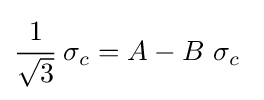
{\cfrac {1}{\sqrt {3}}}~\sigma _{c}=A-B~\sigma _{c}~